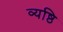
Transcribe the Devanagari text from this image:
व्यष्ठि